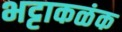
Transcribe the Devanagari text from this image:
भट्टाकळंक